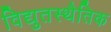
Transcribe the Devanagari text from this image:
विद्युतस्थैतिक